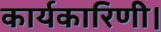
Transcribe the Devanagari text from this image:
कार्यकारिणी।